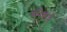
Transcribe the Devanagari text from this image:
सेरैकेल्लै